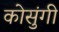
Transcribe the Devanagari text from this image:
कोसुंगी